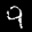
Label: 9